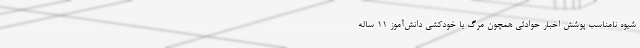
شیوه نامناسب پوشش اخبار حوادثی همچون مرگ یا خودکشی دانش‌آموز ۱۱ ساله